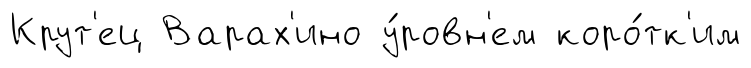
Крут'ец Варах'ино у́ровн'ем коро́тк'им